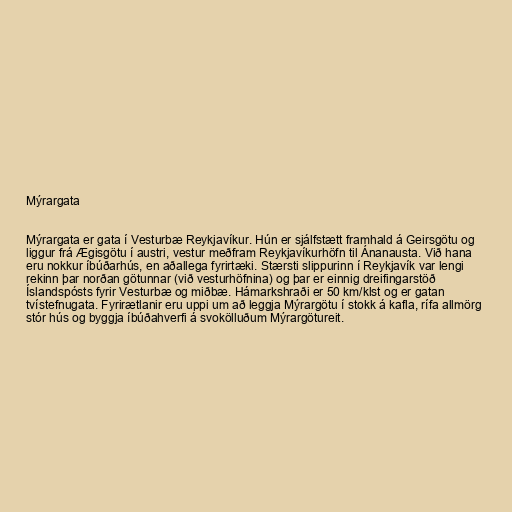
Mýrargata

Mýrargata er gata í Vesturbæ Reykjavíkur. Hún er sjálfstætt framhald á Geirsgötu og
liggur frá Ægisgötu í austri, vestur meðfram Reykjavíkurhöfn til Ánanausta. Við hana
eru nokkur íbúðarhús, en aðallega fyrirtæki. Stærsti slippurinn í Reykjavík var lengi
rekinn þar norðan götunnar (við vesturhöfnina) og þar er einnig dreifingarstöð
Íslandspósts fyrir Vesturbæ og miðbæ. Hámarkshraði er 50 km/klst og er gatan
tvístefnugata. Fyrirætlanir eru uppi um að leggja Mýrargötu í stokk á kafla, rífa allmörg
stór hús og byggja íbúðahverfi á svokölluðum Mýrargötureit.